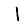
Digit: 1